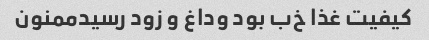
کیفیت غذا خ‌ب بود وداغ و زود رسیدممنون